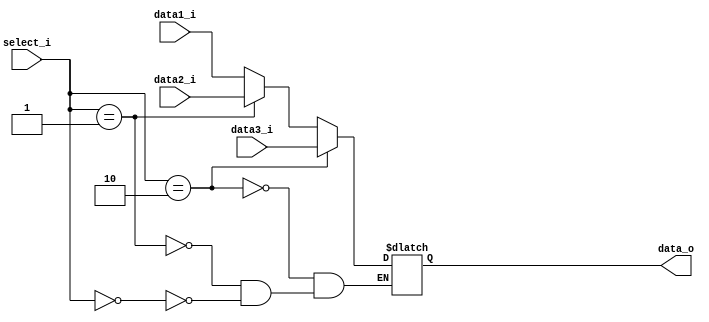
module MUX3_32
(
        data1_i,
        data2_i,
        data3_i,
        select_i,
        data_o
);

input [31:0] data1_i, data2_i, data3_i;
input [1:0] select_i;
output [31:0] data_o;
reg data_o;
always @(data1_i, data2_i, select_i)
begin
        if(select_i == 2'b00)
        begin
                data_o <= data1_i;
        end
        if(select_i == 2'b01)
        begin
                data_o <= data2_i;
        end
        if(select_i == 2'b10)
        begin
                data_o <= data3_i;
        end
end

endmodule